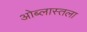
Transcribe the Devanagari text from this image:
ओब्लास्तला